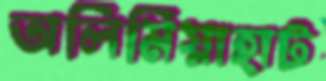
অলিমিয়াহাট